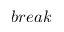
b r e a k